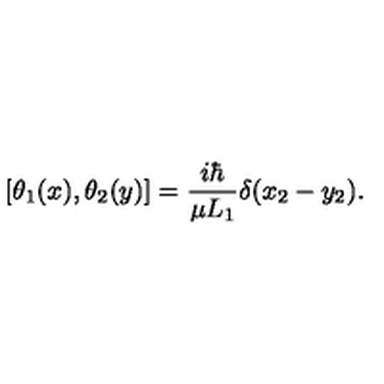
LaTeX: [ \theta _ { 1 } ( x ) , \theta _ { 2 } ( y ) ] = { \frac { i \hbar } { \mu L _ { 1 } } } \delta ( x _ { 2 } - y _ { 2 } ) .